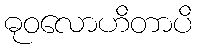
ဓုဝလောဟိတာပိ